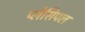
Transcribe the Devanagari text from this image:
प्लेसिपल